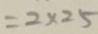
= 2 \times 2 5